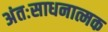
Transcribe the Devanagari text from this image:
अंतःसाधनात्मक